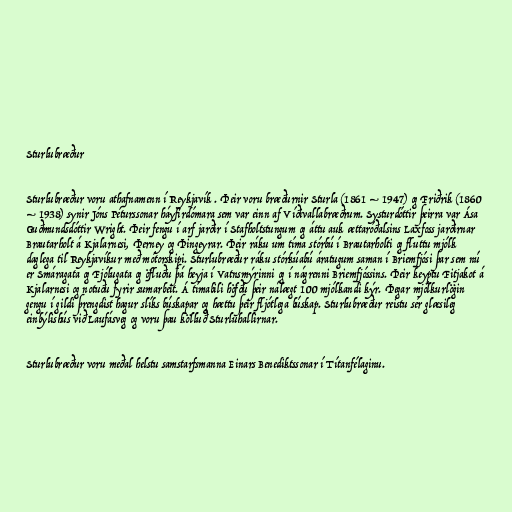
Sturlubræður

Sturlubræður voru athafnamenn í Reykjavík . Þeir voru bræðurnir Sturla (1861 – 1947) og Friðrik (1860
– 1938) synir Jóns Péturssonar háyfirdómara sem var einn af Víðivallabræðrum. Systurdóttir þeirra var Ása
Guðmundsdóttir Wright. Þeir fengu í arf jarðir í Stafholtstungum og áttu auk ættaróðalsins Laxfoss jarðirnar
Brautarholt á Kjalarnesi, Þerney og Þingeyrar. Þeir ráku um tíma stórbú í Brautarholti og fluttu mjólk
daglega til Reykjavíkur með mótorskipi. Sturlubræður ráku stórkúabú áratugum saman í Briemfjósi þar sem nú
er Smáragata og Fjólugata og öfluðu þá heyja í Vatnsmýrinni og í nágrenni Briemfjóssins. Þeir keyptu Fitjakot á
Kjalarnesi og notuðu fyrir sumarbeit. Á tímabili höfðu þeir nálægt 100 mjólkandi kýr. Þegar mjólkurlögin
gengu í gildi þrengdist hagur slíks búskapar og hættu þeir fljótlega búskap. Sturlubræður reistu sér glæsileg
einbýlishús við Laufásveg og voru þau kölluð Sturluhallirnar.

Sturlubræður voru meðal helstu samstarfsmanna Einars Benediktssonar í Títanfélaginu.